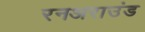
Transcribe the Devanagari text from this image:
रनअराउंड